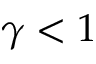
\gamma < 1